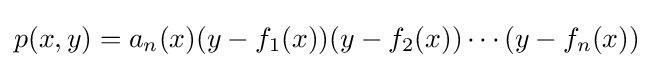
p(x,y)=a_{n}(x)(y-f_{1}(x))(y-f_{2}(x))\cdots (y-f_{n}(x))